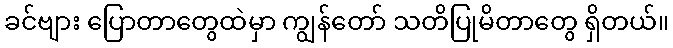
ခင်ဗျား ပြောတာတွေထဲမှာ ကျွန်တော် သတိပြုမိတာတွေ ရှိတယ်။